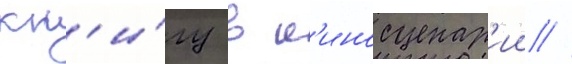
кн'и́гу в к'иносценар'ии //